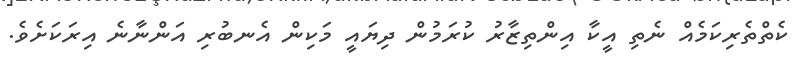
ކެތްތެރިކަމެއް ނެތި އީކާ އިންތިޒާރު ކުރަމުން ދިޔައީ މަކިން އެނބުރި އަންނާނެ އިރަކަށެވެ.